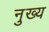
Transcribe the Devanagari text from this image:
नुख्य